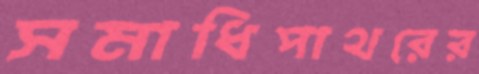
সমাধিপাথরের